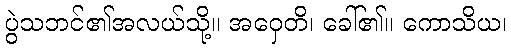
ပွဲသဘင်၏အလယ်သို့။ အဝှေတိ၊ ခေါ်၏။ ကောသိယ၊